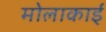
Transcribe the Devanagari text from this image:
मोलाकाई